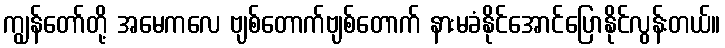
ကျွန်တော်တို့ အမေကလေ ဗျစ်တောက်ဗျစ်တောက် နားမခံနိုင်အောင်ပြောနိုင်လွန်းတယ်။